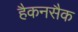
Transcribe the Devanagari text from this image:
हैकनसैक